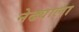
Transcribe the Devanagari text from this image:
नेढ्याला